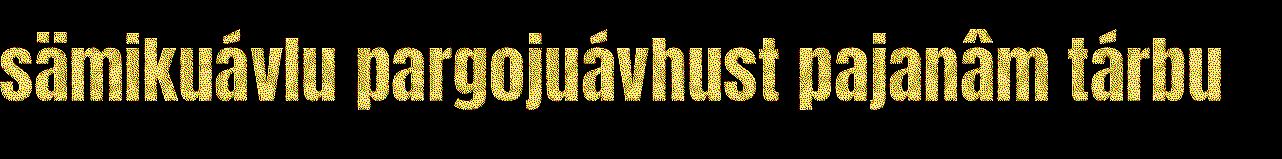
sämikuávlu pargojuávhust pajanâm tárbu